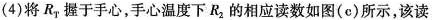
(4)将R_{T}握于手心，手心温度下R_{2}的相应读数如图(c)所示，该读